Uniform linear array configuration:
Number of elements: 8
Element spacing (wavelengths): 0.75
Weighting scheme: blackman
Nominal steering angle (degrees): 30
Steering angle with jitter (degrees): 31.368
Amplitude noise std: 0.05
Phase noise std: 0.05

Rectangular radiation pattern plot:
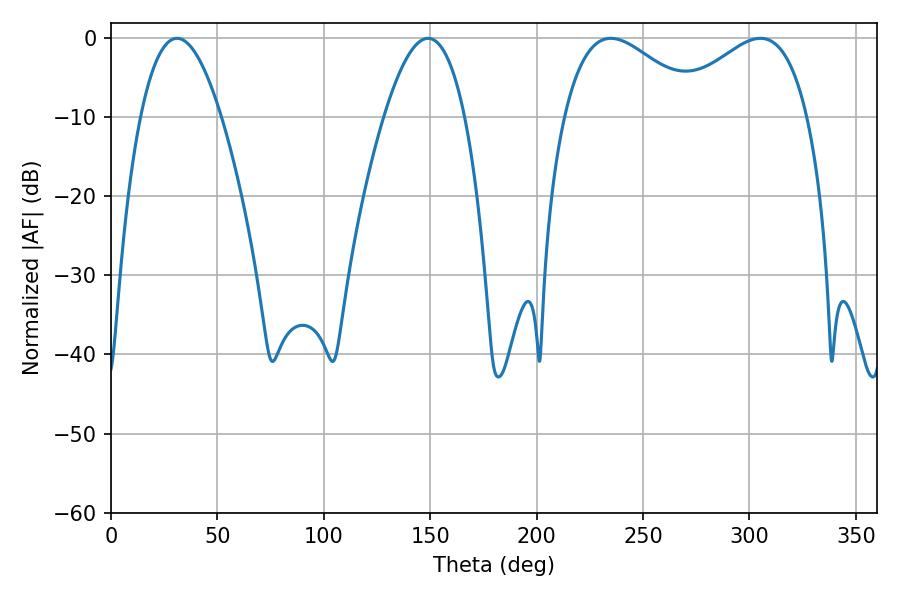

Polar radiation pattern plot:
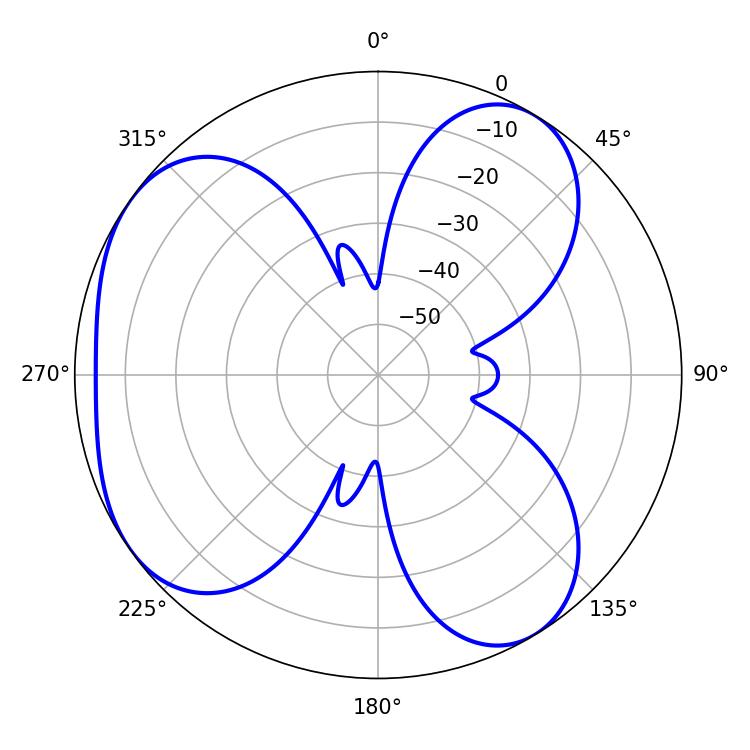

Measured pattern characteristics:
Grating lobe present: TRUE
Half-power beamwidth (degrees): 35.1
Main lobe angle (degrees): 234.9